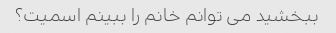
ببخشید می توانم خانم را ببینم اسمیت؟